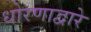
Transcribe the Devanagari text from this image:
धोरणाद्वारे